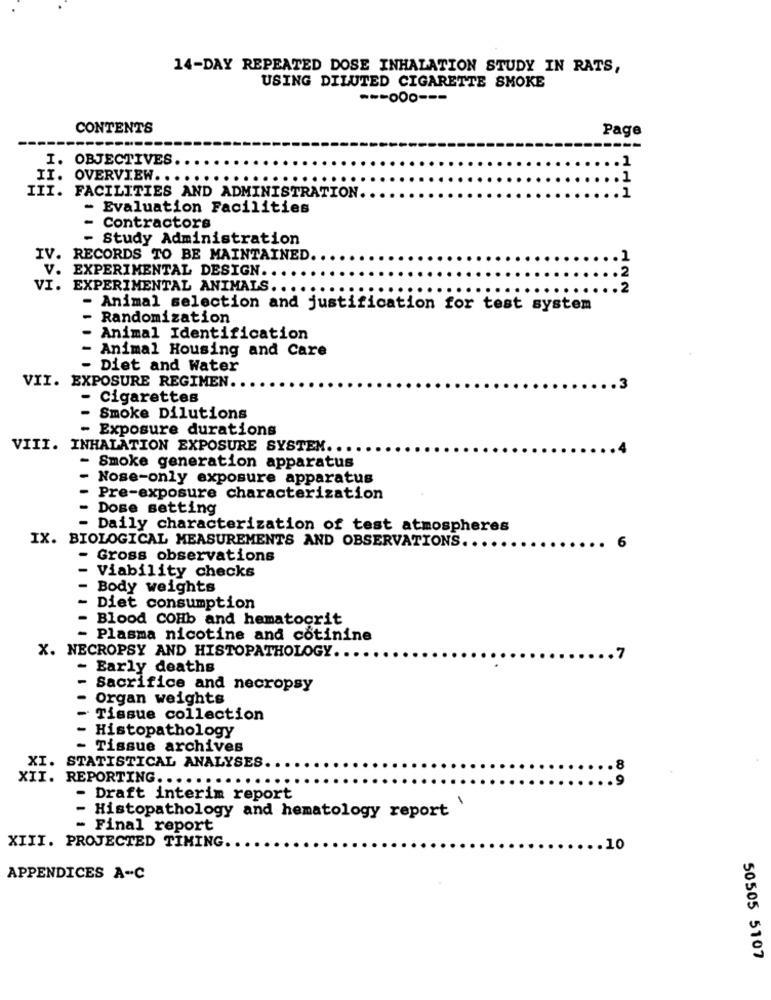
14-DAY REPEATED DOSE INHALATION STUDY IN RATS,
USING DILUTED CIGARETTE SMOKE
CONTENTS
Page
------
I. OBJECTIVES
.1
II.
OVERVIEW ..
1
1
III. FACILITIES AND ADMINISTRATION.
- Evaluation Facilities
- Contractors
- Study Administration
IV. RECORDS TO BE MAINTAINED
1
V. EXPERIMENTAL DESIGN.
2
VI. EXPERIMENTAL ANIMALS ....
...
.2
- Animal selection and justification for test system
- Randomization
- Animal Identification
Animal Housing and Care
- Diet and Water
VII. EXPOSURE REGIMEN.
- Cigarettes
- Smoke Dilutions
- Exposure durations
VIII. INHALATION EXPOSURE SYSTEM ...
- Smoke generation apparatus
Nose-only exposure apparatus
Pre-exposure characterization
Dose setting
- Daily characterization of test atmospheres
IX. BIOLOGICAL MEASUREMENTS AND OBSERVATIONS.
Gross observations
Viability checks
Body weights
Diet consumption
Blood COHb and hematocrit
- Plasma nicotine and cotinine
X. NECROPSY AND HISTOPATHOLOGY.
- Early deaths
Sacrifice and necropsy
Organ weights
Tissue collection
- Histopathology
- Tissue archives
XI.
STATISTICAL ANALYSES.
XII. REPORTING ......
- Draft interim report
- Histopathology and hematology report
- Final report
XIII. PROJECTED TIMING.
.10
APPENDICES A-C
50505 5107